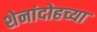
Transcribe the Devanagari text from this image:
शेनांदोहच्या